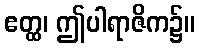
ဧတ္ထ၊ ဤပါရာဇိက၌။